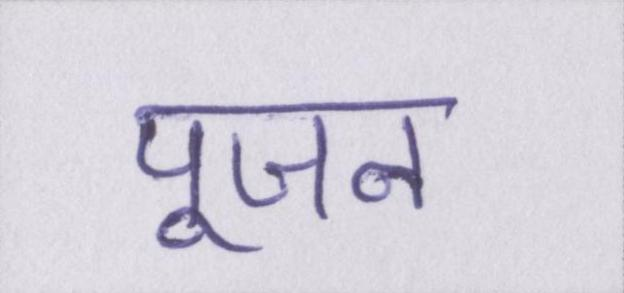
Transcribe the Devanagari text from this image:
पूजन